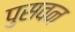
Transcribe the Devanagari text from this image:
पुसवन